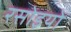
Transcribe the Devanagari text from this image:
रसोइयो